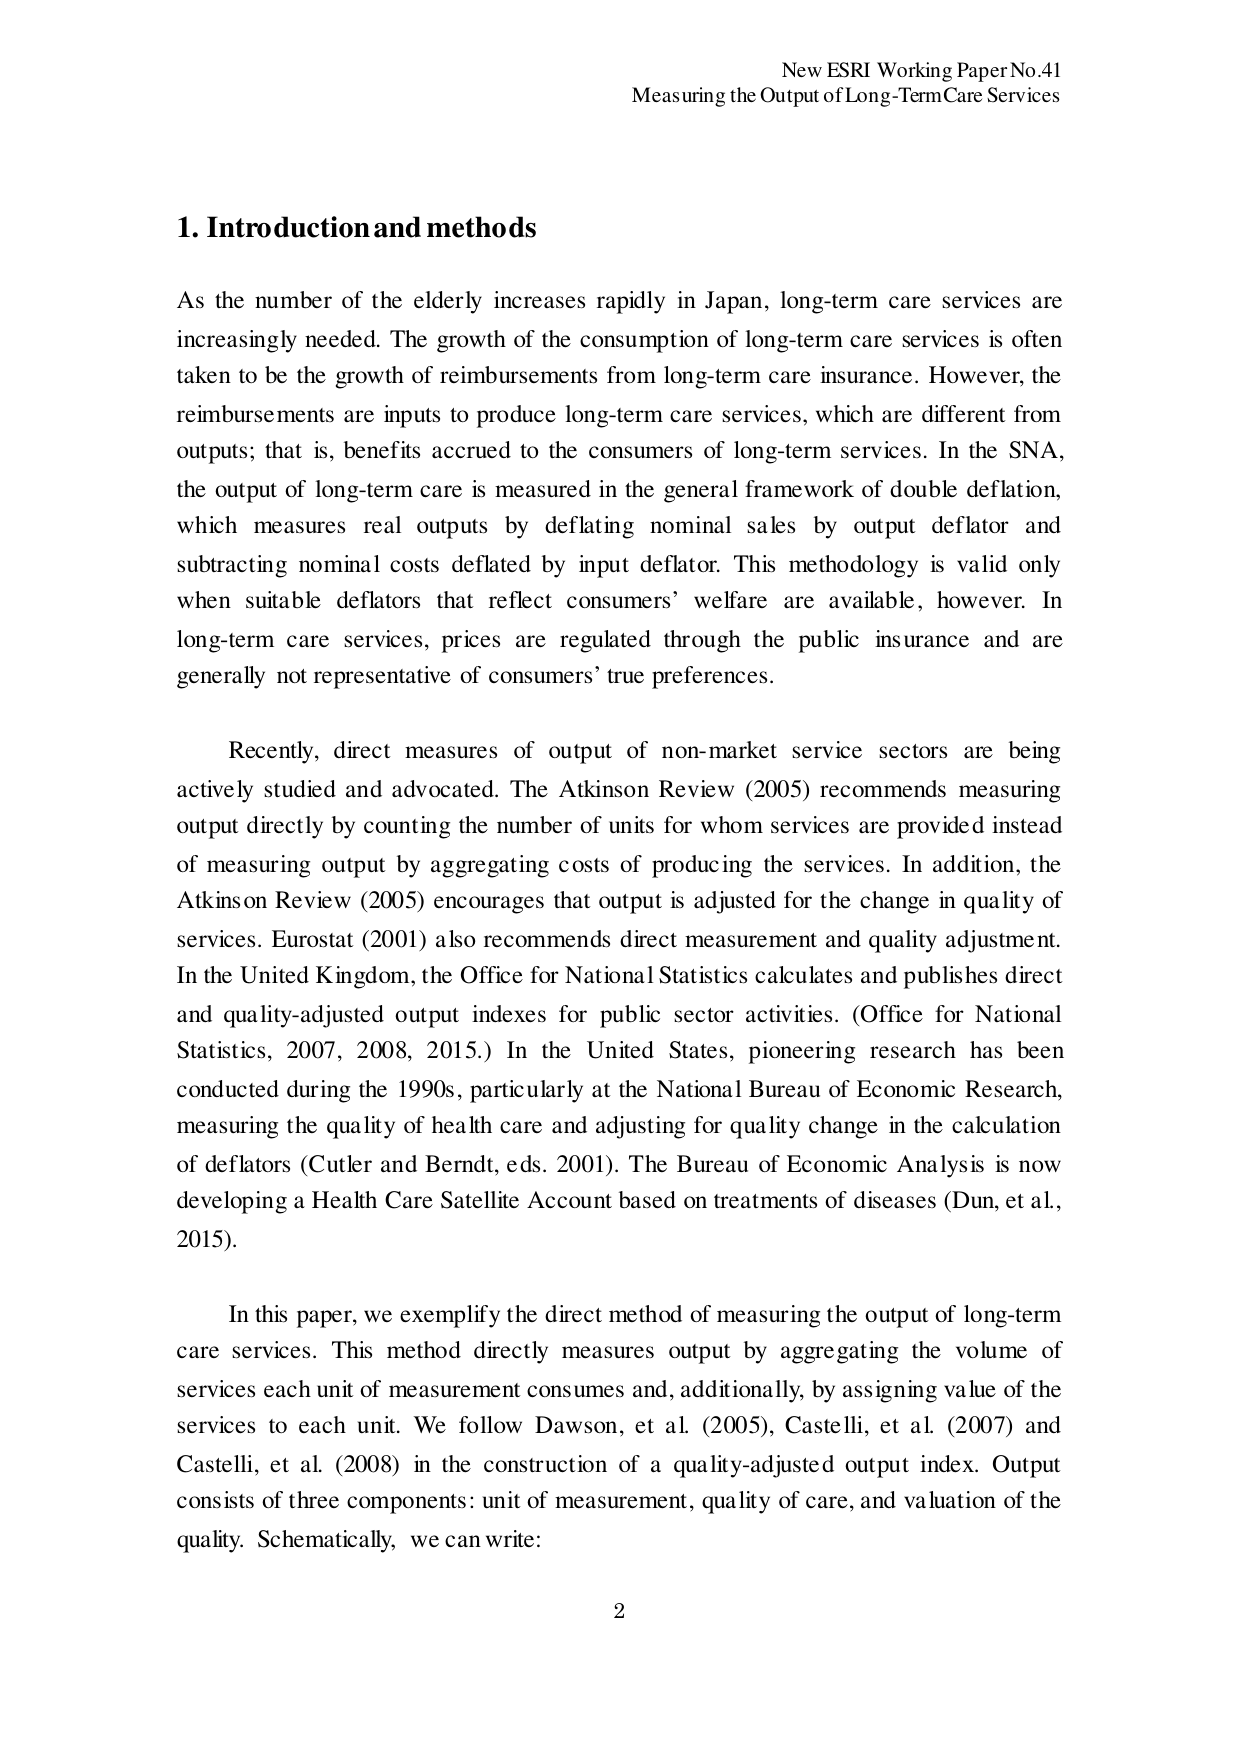
New ESRI Working Paper No.41
Measuring the Output of Long-Term Care Services

1. Introduction and methods

As the number of the elderly increases rapidly in Japan, long-term care services are increasingly needed. The growth of the consumption of long-term care services is often taken to be the growth of reimbursements from long-term care insurance. However, the reimbursements are inputs to produce long-term care services, which are different from outputs; that is, benefits accrued to the consumers of long-term services. In the SNA, the output of long-term care is measured in the general framework of double deflation, which measures real outputs by deflating nominal sales by output deflator and subtracting nominal costs deflated by input deflator. This methodology is valid only when suitable deflators that reflect consumers’ welfare are available, however. In long-term care services, prices are regulated through the public insurance and are generally not representative of consumers’ true preferences.

Recently, direct measures of output of non-market service sectors are being actively studied and advocated. The Atkinson Review (2005) recommends measuring output directly by counting the number of units for whom services are provided instead of measuring output by aggregating costs of producing the services. In addition, the Atkinson Review (2005) encourages that output is adjusted for the change in quality of services. Eurostat (2001) also recommends direct measurement and quality adjustment. In the United Kingdom, the Office for National Statistics calculates and publishes direct and quality-adjusted output indexes for public sector activities. (Office for National Statistics, 2007, 2008, 2015.) In the United States, pioneering research has been conducted during the 1990s, particularly at the National Bureau of Economic Research, measuring the quality of health care and adjusting for quality change in the calculation of deflators (Cutler and Berndt, eds. 2001). The Bureau of Economic Analysis is now developing a Health Care Satellite Account based on treatments of diseases (Dun, et al., 2015).

In this paper, we exemplify the direct method of measuring the output of long-term care services. This method directly measures output by aggregating the volume of services each unit of measurement consumes and, additionally, by assigning value of the services to each unit. We follow Dawson, et al. (2005), Castelli, et al. (2007) and Castelli, et al. (2008) in the construction of a quality-adjusted output index. Output consists of three components: unit of measurement, quality of care, and valuation of the quality. Schematically, we can write:

2